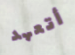
أتعهد